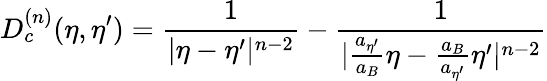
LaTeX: D_{c}^{(n)}(\eta,{\eta}^{\prime})=\frac{1}{|{\eta}-{\eta}^{\prime}|^{n-2}}-\frac{1}{|\frac{a_{{\eta}^{\prime}}}{a_{B}}{\eta}-\frac{a_{B}}{a_{{\eta}^{\prime}}}{\eta}^{\prime}|^{n-2}}